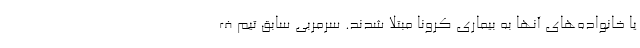
یا خانواده‌های آنها به بیماری کرونا مبتلا شدند. سرمربی سابق تیم ف